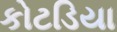
કોટડિયા